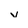
Character: v